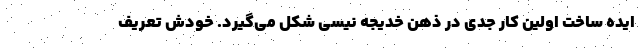
ایده ساخت اولین کار جدی در ذهن خدیجه نیسی شکل می‌گیرد. خودش تعریف